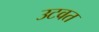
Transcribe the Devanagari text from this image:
उटवत